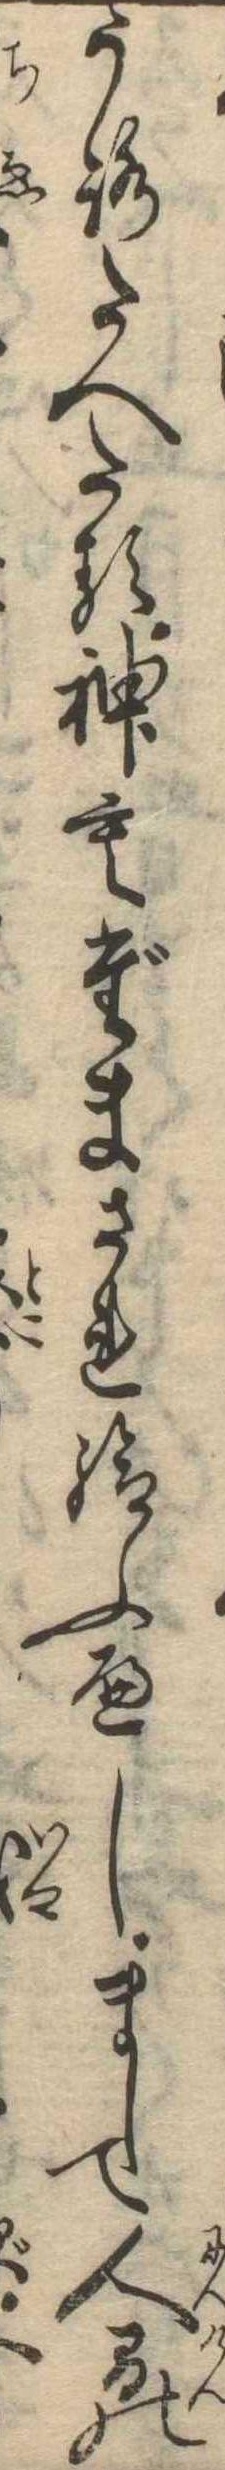
うろたへたる神もだまされ給ふへしまして人間の